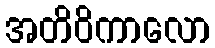
အတိဝိကာလော